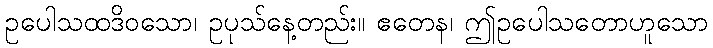
ဥပေါသထဒိဝသော၊ ဥပုသ်နေ့တည်း။ ဧတေန၊ ဤဥပေါသတောဟူသော